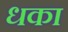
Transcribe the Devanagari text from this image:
धका